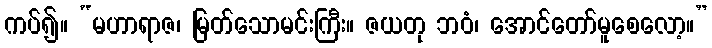
ကပ်၍။ “မဟာရာဇ၊ မြတ်သောမင်းကြီး။ ဇယတု ဘဝံ၊ အောင်တော်မူစေလော့။”